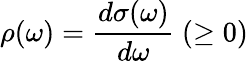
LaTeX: \rho(\omega)=\frac{d\sigma(\omega)}{d\omega}~(\ge 0)